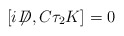
\begin{align*}[i\!\not{\!\! D},C \tau_2 K]=0\end{align*}